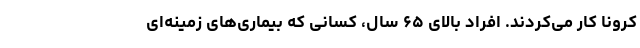
کرونا کار می‌کردند. افراد بالای ۶۵ سال، کسانی که بیماری‌های زمینه‌ای